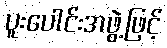
ပူးပေါင်းအဖွဲ့ဖြင့်